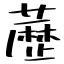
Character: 藶